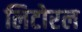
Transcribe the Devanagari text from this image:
लिटोरल